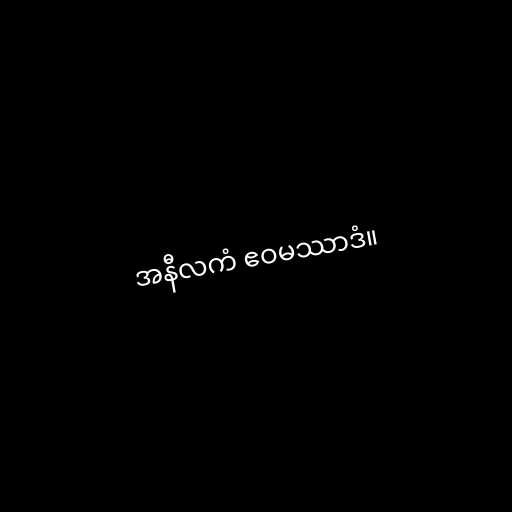
အနီလကံ ဧဝမဿာဒံ။